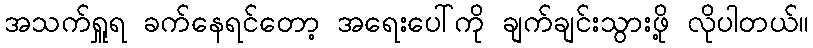
အသက်ရှူရ ခက်နေရင်တော့ အရေးပေါ်ကို ချက်ချင်းသွားဖို့ လိုပါတယ်။